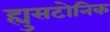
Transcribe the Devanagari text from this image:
ह्युसटोनिक